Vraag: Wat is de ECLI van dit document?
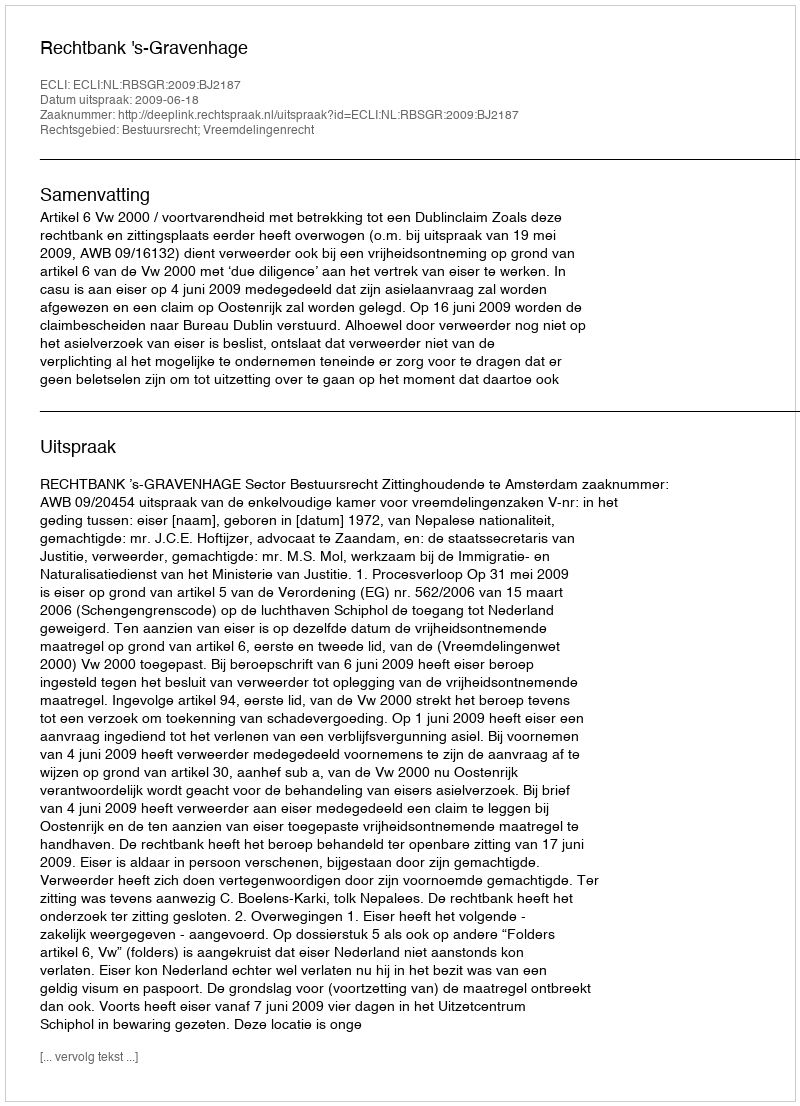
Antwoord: ECLI:NL:RBSGR:2009:BJ2187